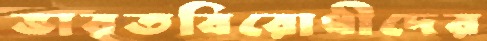
ভারতবিরোধীদের